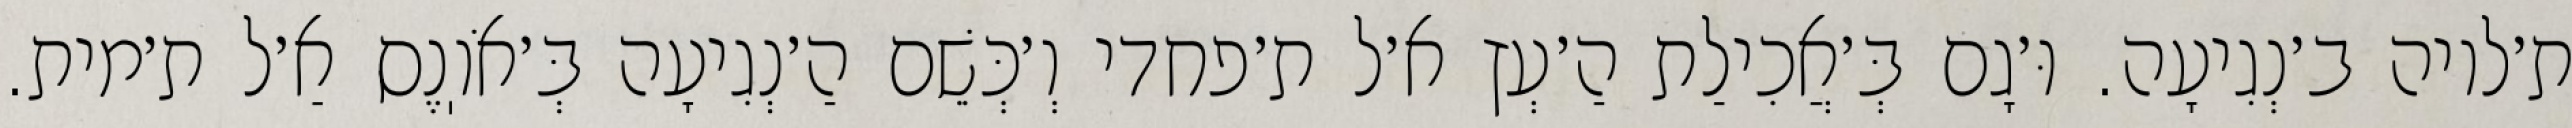
ת׳לויה ב׳נְגִיעָה. וּ׳גָם בְּ׳אֲכִילַת הַ׳עְץ א׳ל ת׳פחדי וְ׳כְּשֵׁם הַ׳נְגִיעָה בְּ׳אֹוֽנֶס אַ׳ל ת׳מית.